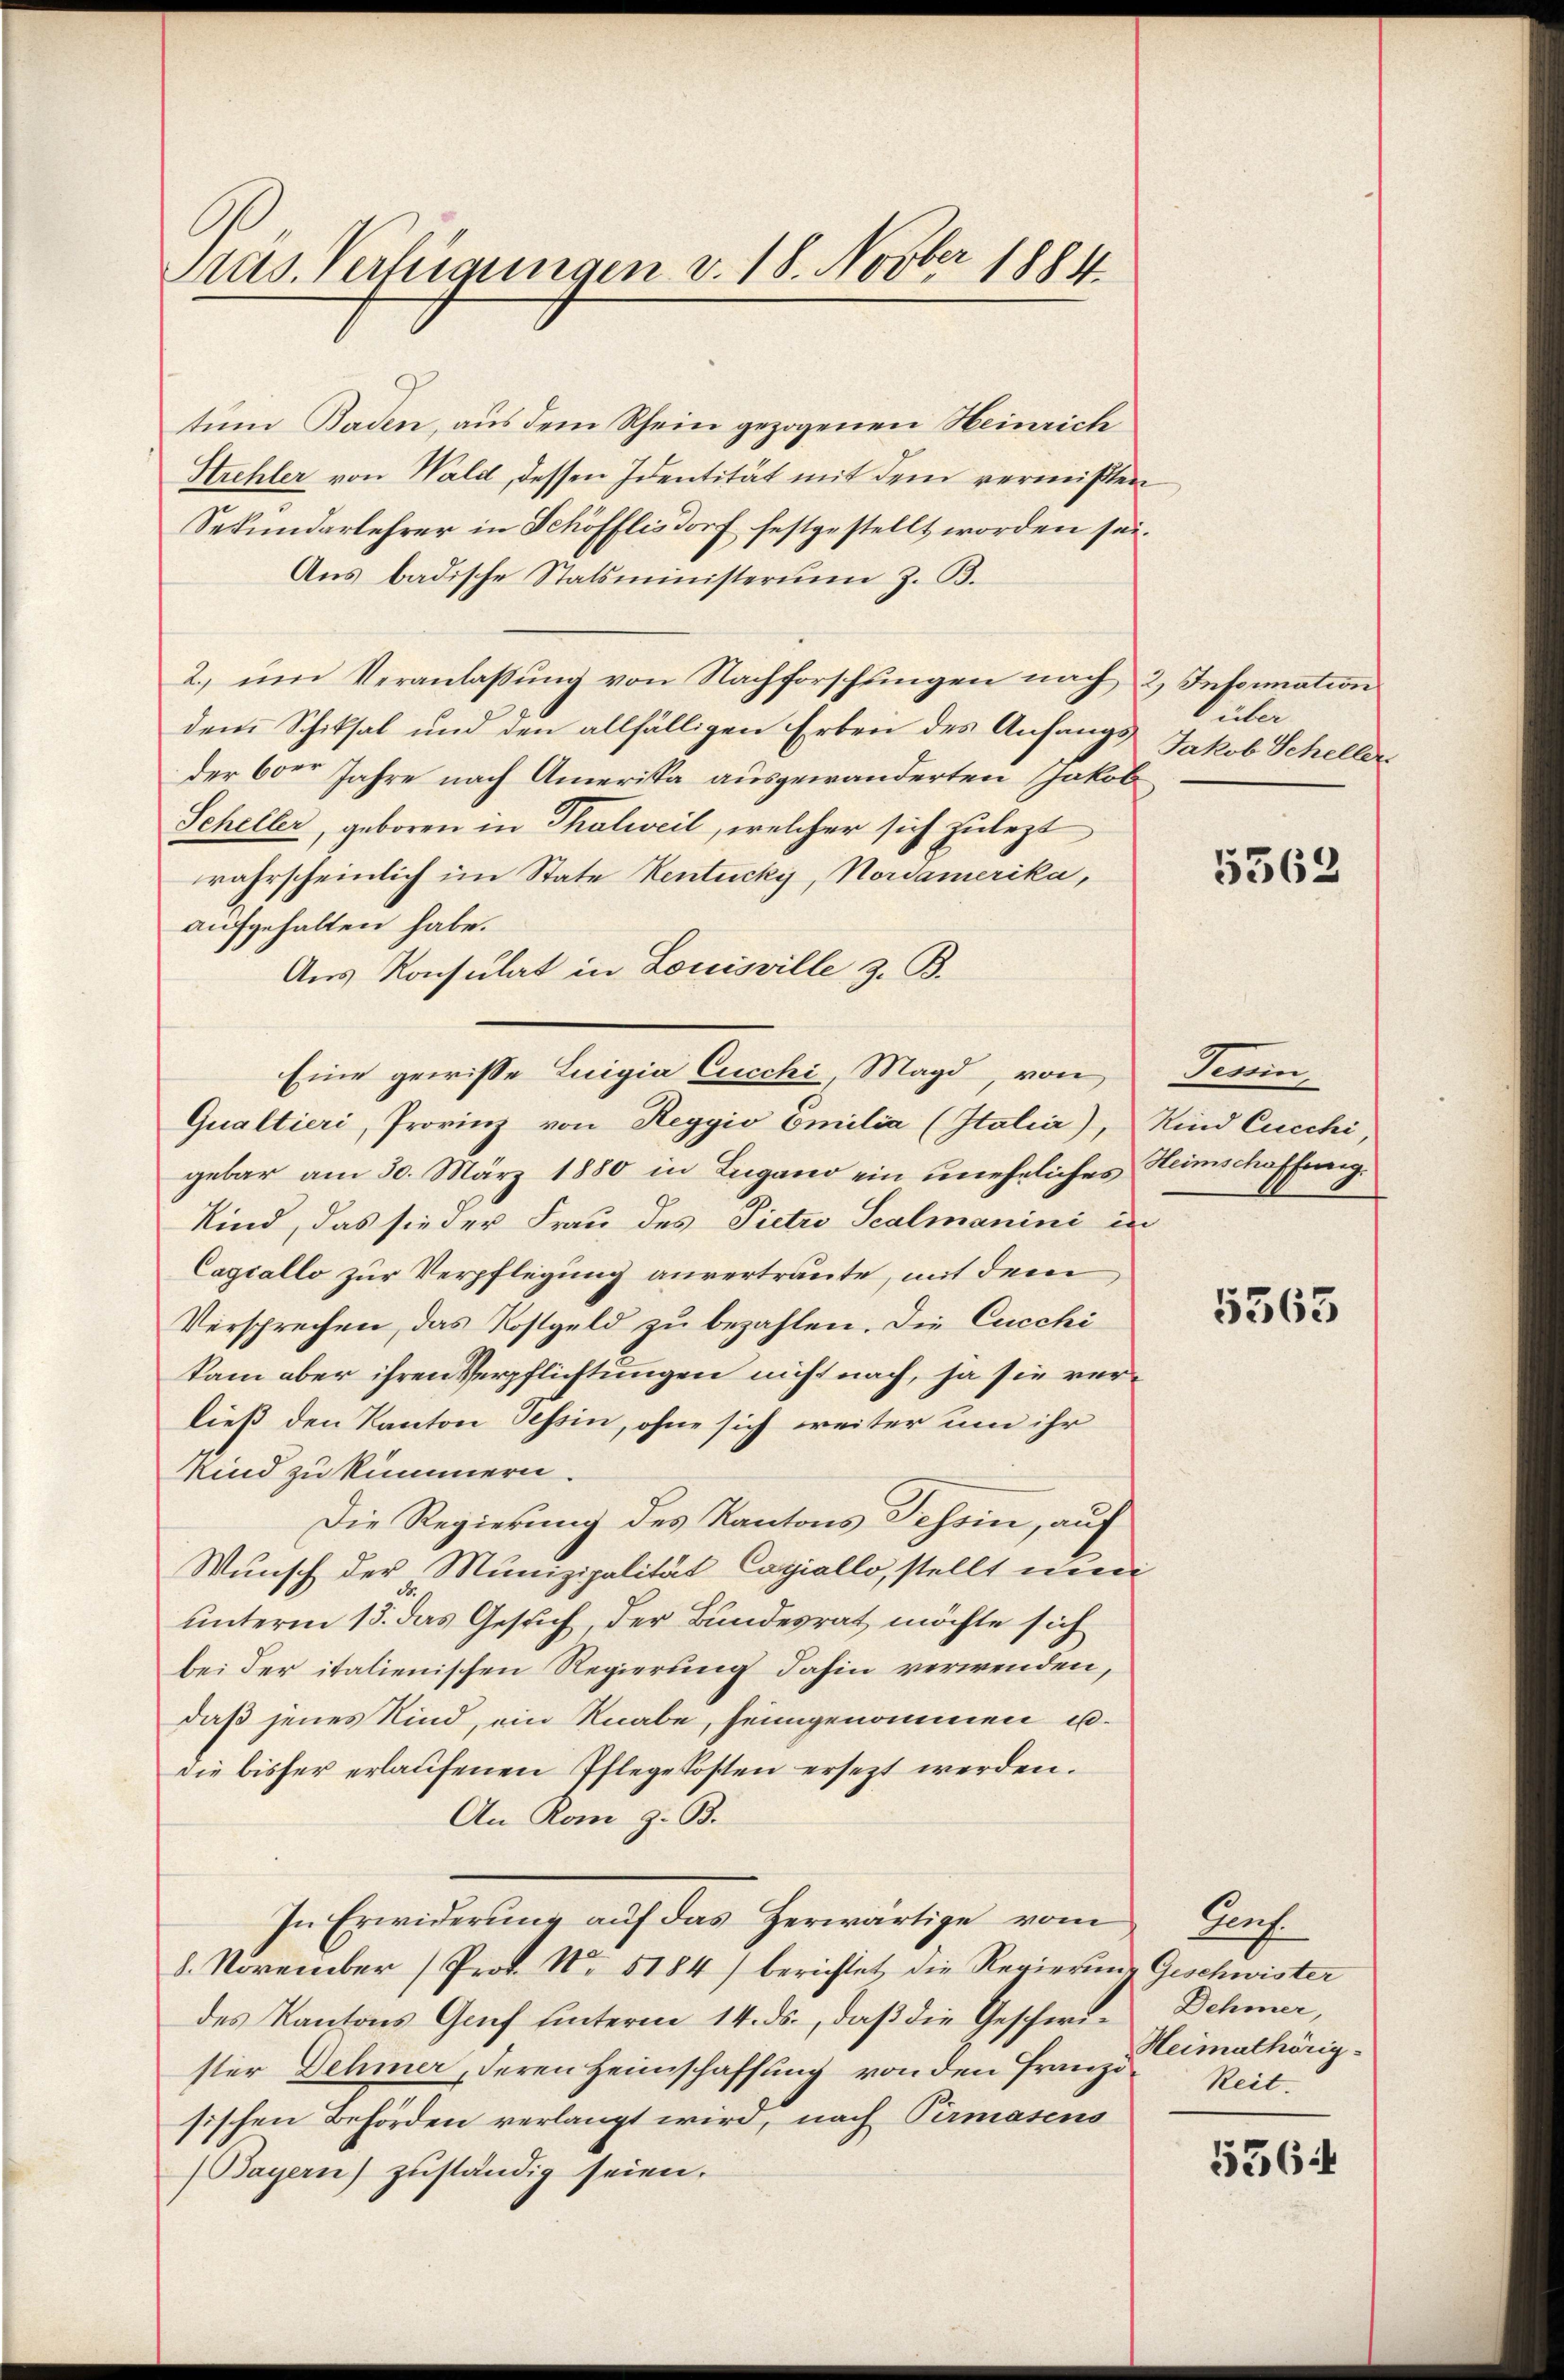
Präs. Verfügungen v. 18. Novber 1884

tum Baden, aus dem Rhein gezogenen Heinrich
Hrehler von Wald, dessen Identität mit dem vermißten
Sekundarlehrer in Schöfflisdorf festgestellt worden sei.
Aus badische Statsministerium z. B.
2. ŭm Veranlassŭng von Nachforschŭngen nach 2, Intermation
dem Schiksal und den allfälligen Erben des Anfangs
der Oder Jahre nach Amerika ausgewanderten Jakob
Scheller, geboren in Thalweil, welcher sich zulezt
rahrscheinlich im State Kentucky, Nordamerika,
aufgehalten habe.
Aus Konsulat in Louisville z. B.
Eine gewisse Luigia Cucchi, Magd, von
Qualtieri, Provinz von Reggio Emilia (Italia), Kind Cucchi,
gebar am 30. März 1880 in Lugano ein uneheliches Heimschaffung.
Kind, das sie der Frau des Pietro Scalmanini in
Cagiallo zur Verpflegung anvertraute, mit dem
Versprechen, das Kostgeld zu bezahlen. Die Cucchi
kam aber ihren Verpflichtungen nicht nach, ja sie verließ den Kanton Tessin, ohne sich weiter um ihr
Kind zu kümmern.
Die Regierung des Kantons Tessin, auf
Wunsch der Munizipalität Copiallo, stellt nun
unterm 15. das Gesuch, der Bundesrat möchte sich
bei der italienischen Regierung dahin verwenden,
daß jenes Kind, ein Knabe, seingenommen u.
die bisher erlaufenen Pflegekosten ersezt werden.
An Rom z. B.
In Erwiderung aŭf das herwärtige vom Genf.
8. November (Prof. No. 5184) berichtet die Regierung Geschwister
des Kantons Gruf hinterm 14. ds., daß die Geschwie Dehmer,
ster Dehmer, deren Heimschaffung von den Franz-Reit
sischen Behörden verlangt wird, nach Permasens
(Bayern) zuständig seien.

über
Jakob Scheller

n

5563

Dun

5563

Heimathörig¬

5564